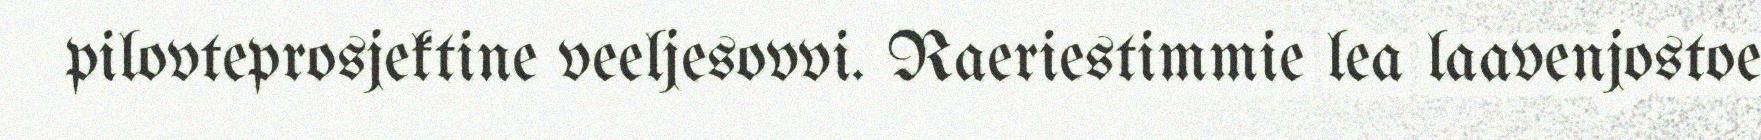
pilovteprosjektine veeljesovvi. Raeriestimmie lea laavenjostoe